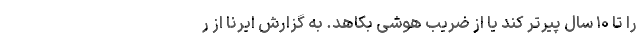
را تا ۱۰ سال پیرتر کند یا از ضریب هوشی بکاهد. به گزارش ایرنا از ر